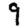
Digit: 9